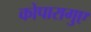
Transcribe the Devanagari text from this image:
कोपारागुए